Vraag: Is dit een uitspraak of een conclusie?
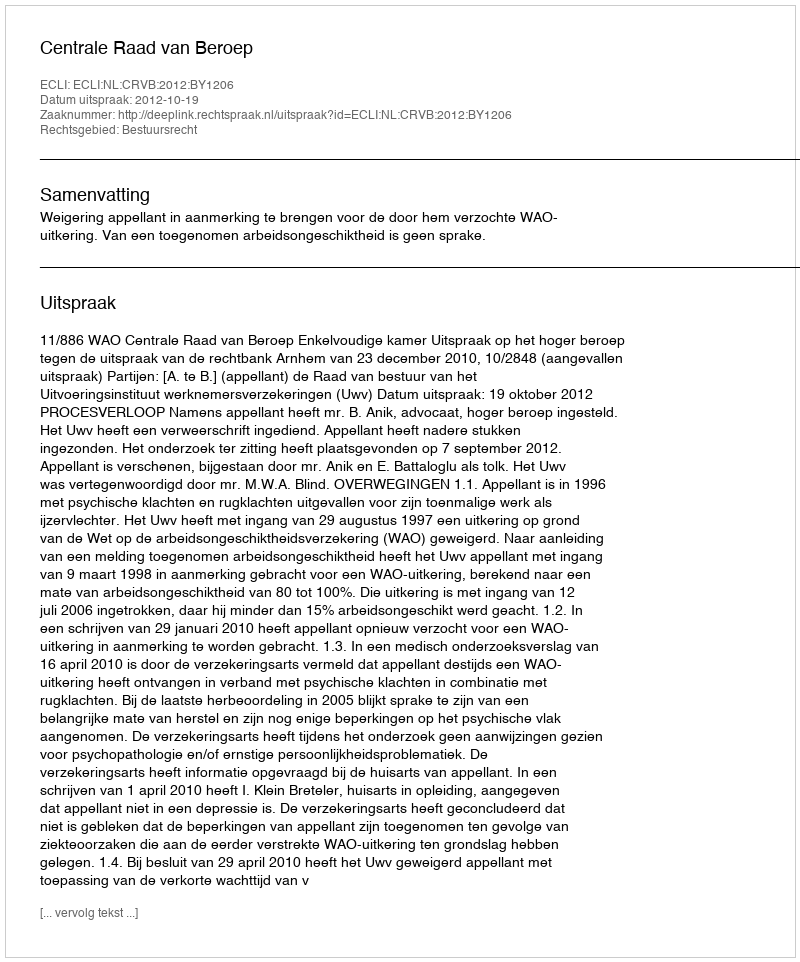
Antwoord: Uitspraak